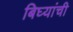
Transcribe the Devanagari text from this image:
बिघ्यांची